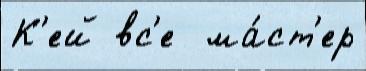
К'ей вс'е  ма́ст'ер